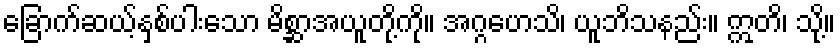
ခြောက်ဆယ့်နှစ်ပါးသော မိစ္ဆာအယူတို့ကို။ အဂ္ဂဟေသိ၊ ယူဘိသနည်း။ ဣတိ၊ သို့။